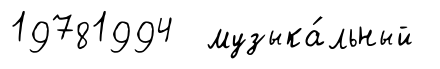
19781994 музыка́льный